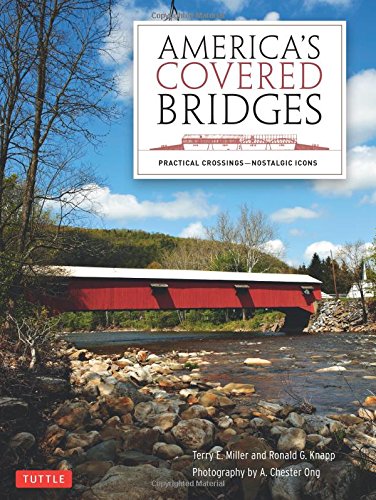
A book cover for America's Covered Bridges: Practical Crossings - Nostalgic Icons; Terry E. Miller; Arts & Photography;